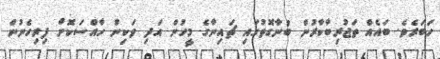
ހަބަރެވެ. ބައެއް ތަޖުރިބާކާރުން ބުނާގޮތުގައި ޗައިނާގެ މީހުން އަދި ވަކިން ހާއްސަކޮށް ފިރިހެނުން